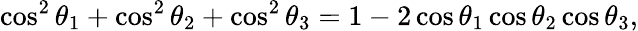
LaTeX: \cos^{2}\theta_{1}+\cos^{2}\theta_{2}+\cos^{2}\theta_{3}=1-2\cos\theta_{1}\cos\theta_{2}\cos\theta_{3},